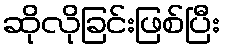
ဆိုလိုခြင်းဖြစ်ပြီး